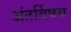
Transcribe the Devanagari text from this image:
अंतर्विषय